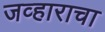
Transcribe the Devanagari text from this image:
जव्हाराचा